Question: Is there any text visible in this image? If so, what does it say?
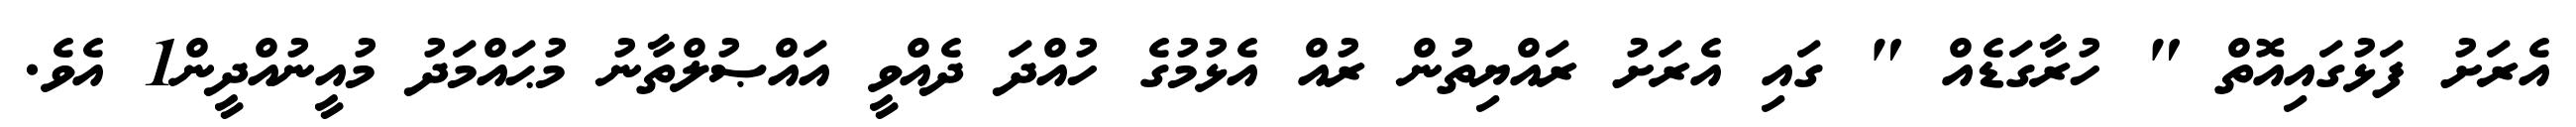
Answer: އެރަށު ފަޅުގައިއޮތް " ހުރާގަޑެއް " ގައި އެރަށު ރައްޔިތުން ރުއް އެޅުމުގެ ހުއްދަ ދެއްވީ އައްޞުލްތާނު މުޙައްމަދު މުއީނުއްދީން1 އެވެ.